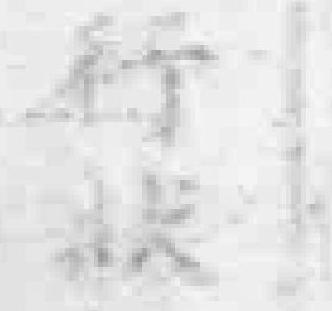
行狀